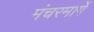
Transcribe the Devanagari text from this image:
मंचरमार्गे